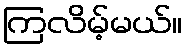
ကြလိမ့်မယ်။